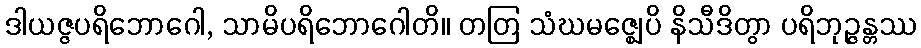
ဒါယဇ္ဇပရိဘောဂေါ, သာမိပရိဘောဂေါတိ။ တတြ သံဃမဇ္ဈေပိ နိသီဒိတွာ ပရိဘုဉ္ဇန္တဿ